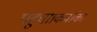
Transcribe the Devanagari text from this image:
पहुंचा।कर्वाका